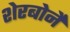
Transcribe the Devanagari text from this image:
शेरबोर्ने